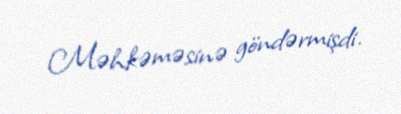
Məhkəməsinə göndərmişdi.